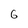
Character: 6